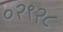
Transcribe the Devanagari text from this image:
०२९२८